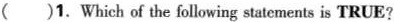
()1. Which of the following statements is TRUE?